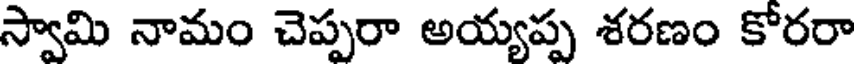
స్వామి నామం చెప్పరా అయ్యప్ప శరణం కోరరా